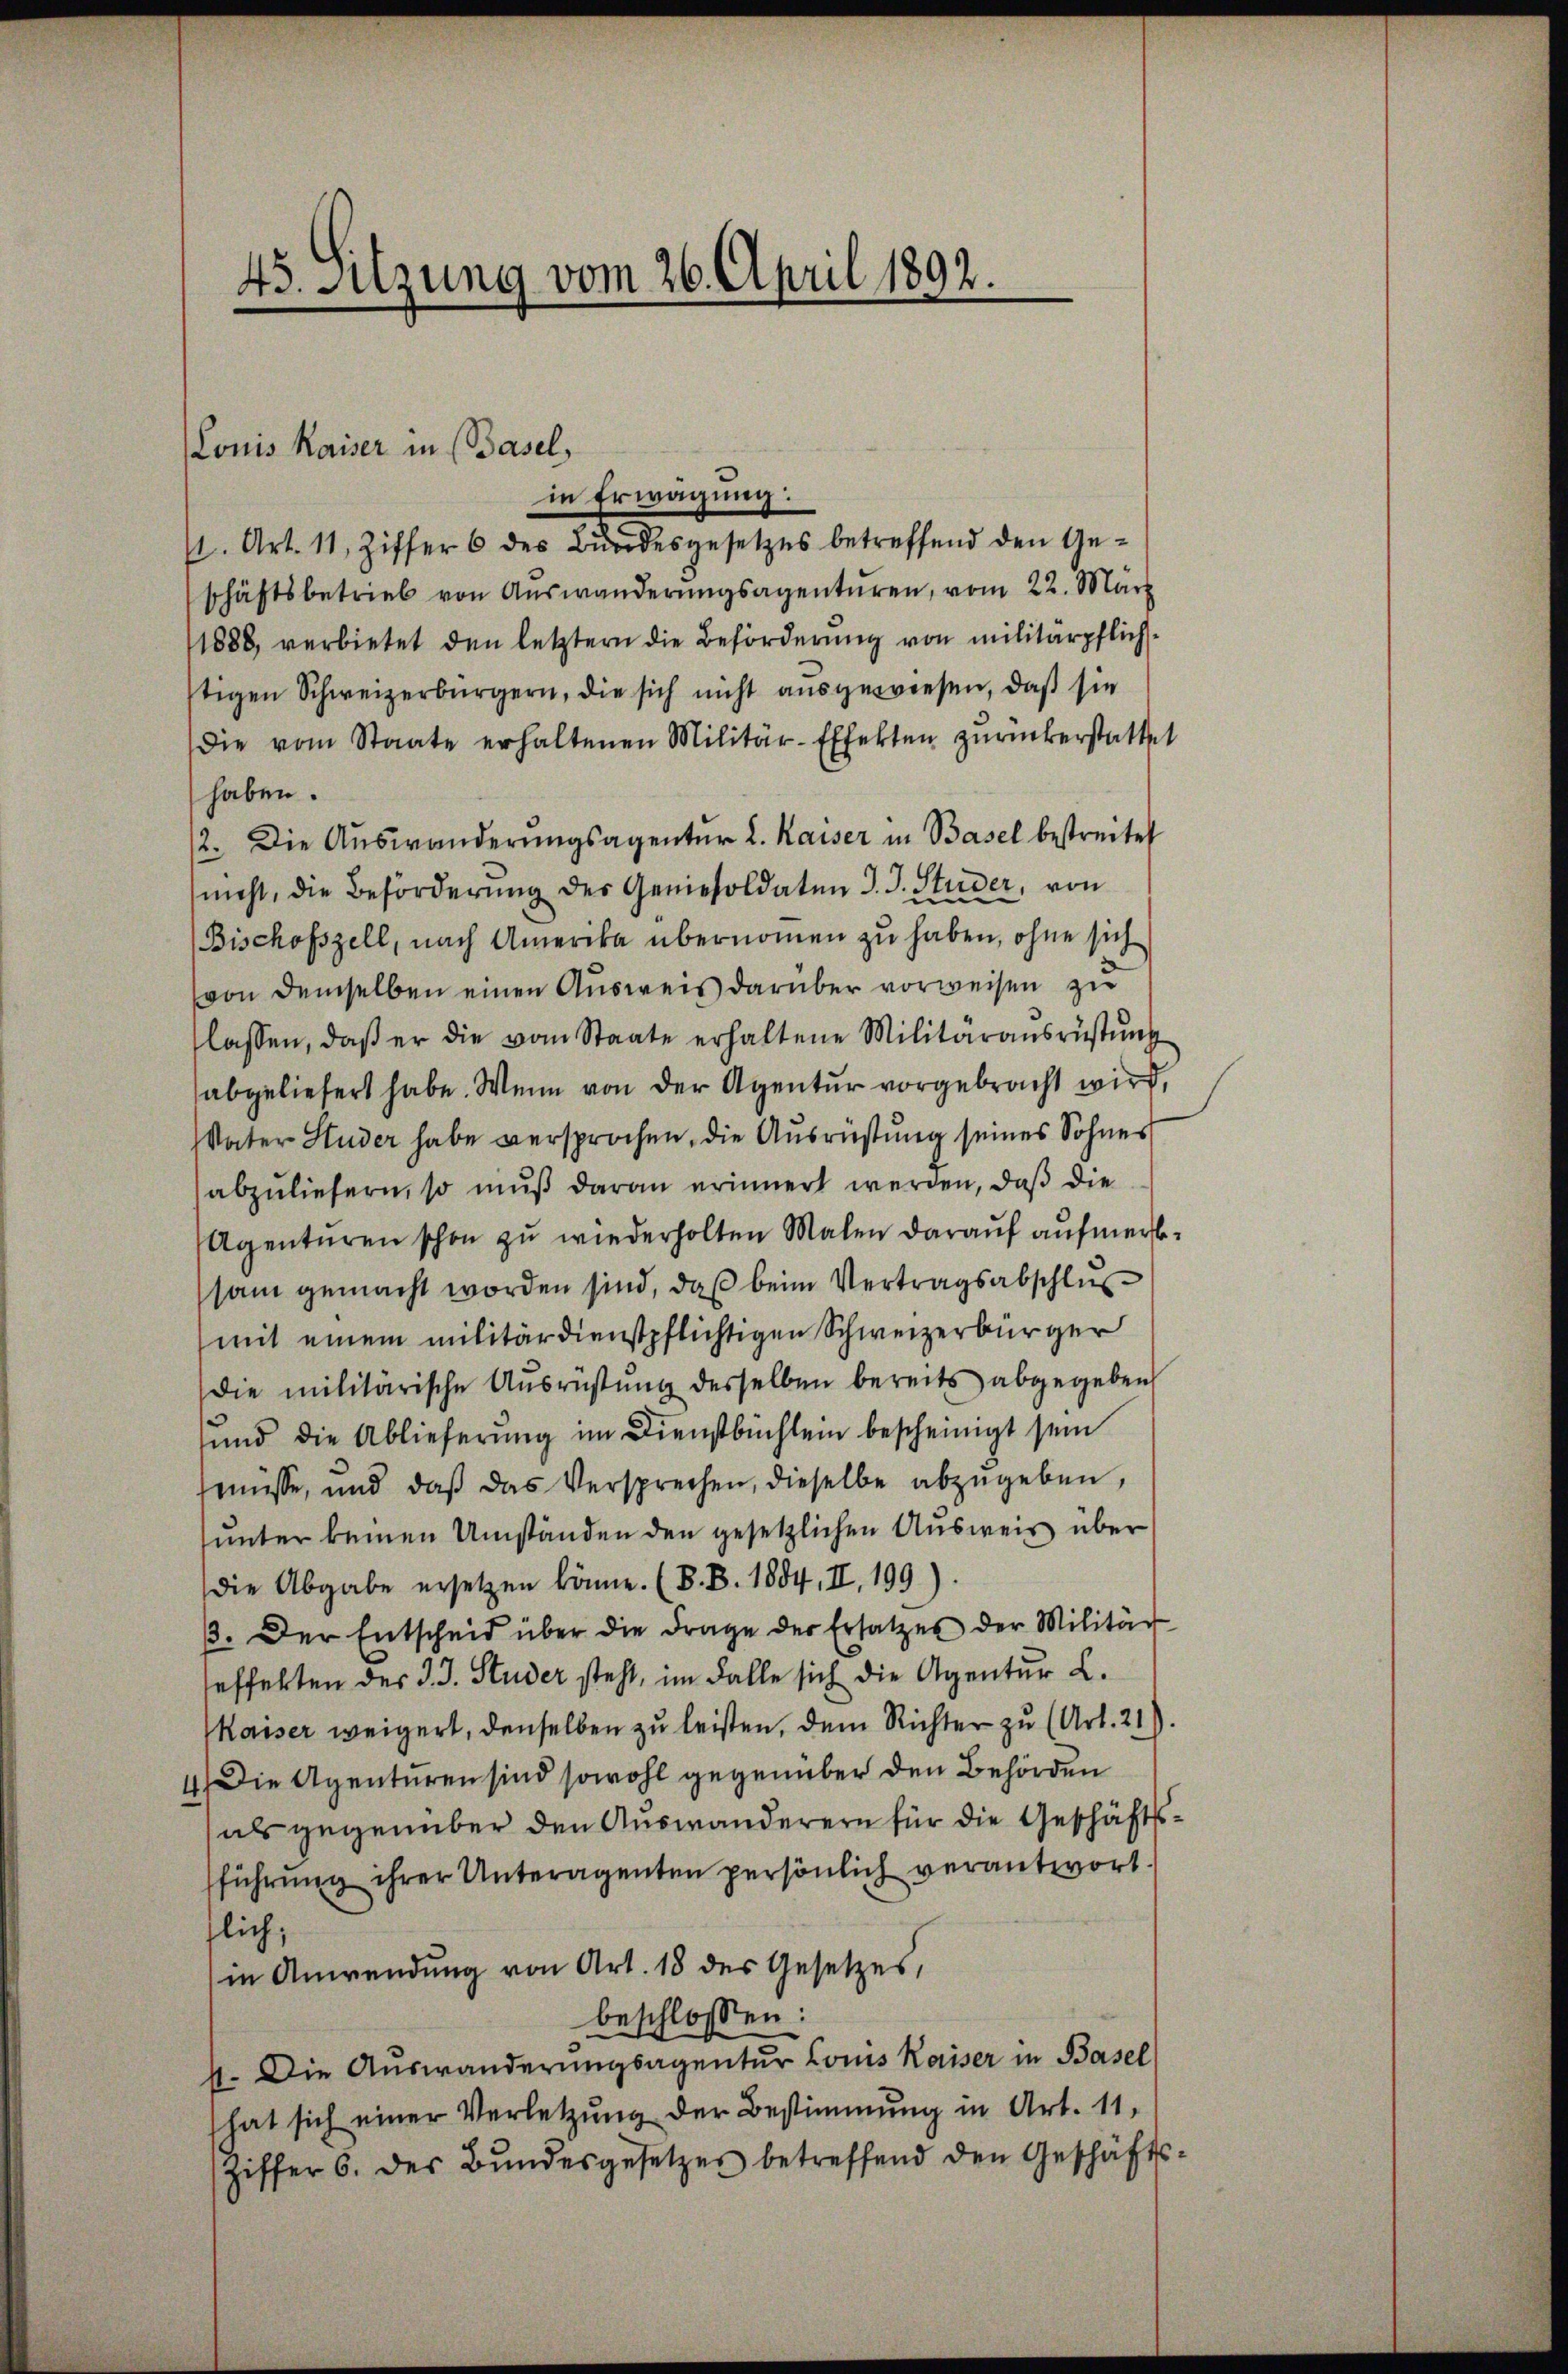
45. Sitzung vom 26. April 1892.

Lonis Kaiser in (Basel,
in Erwägung:
U. Art. 11, Ziffer 6 des Bŭndesgesetzes betreffend den Ge-
schäftsbetrieb von Aŭswanderŭngsagentüren, vom 22. März
1888, verbietet den letztern die Beförderung von militärpflichstigen Schweizerbürgern, die sich nicht ausgewiesen, daß sie
die vom Staate erhaltenen Militär-Effekten zŭrückerstattet
haben.
12. Die Aŭswanderŭngsagentŭr L. Kaiser in Basel bestreitet
nicht, die Beförderŭng des Geniesoldaten J. J. Studer, von
Bischofszell, nach Amerika übernoṁen zu haben, ohne sich
von demselben einen Ausweis darüber vorweisen zu
lassen, daβ er die vom Staate erhaltene Militärausrüstŭng
abgeliefert habe. Wenn von der Agentur vorgebracht wird,
Vater Studer habe versprochen, die Ausrüstung seines Sohnes
abzuliefern, so muß daran erinnert werden, daß die
Agenturen schon zu wiederholten Malen darauf aufmerksam gemacht worden sind, daß beim Vertragsabschlus
mit einem militärdienstpflichtigen Schweizerbürger
Die militärische Aŭsrüstŭng desselben bereits abgegeben
und die Ablieferung im Dienstbüchlein bescheinigt sein
müsse, und daβ das Versprechen, dieselbe abzugeben,
unter keinen Umständen den gesetzlichen Ausweis über
die Abgabe ersetzen könne. (S. B. 1884, II. 199).
β. Der Entscheid über die Frage der Ersatzes der Militär
seffekten des J. J. Studer steht, im Falle sich die Agentur L.
Kaiser weigert, denselben zu leisten, dem Richter zu (Art. 21).
4. Die Agenturen sind sowohl gegenüber den Behörden
als gegenüber den Auswanderern für die Geschäftsfführŭng ihrer Unteragenten persönlich verantwort.
flich,
in Anwendung von Art. 18 des Gesetzes,
beschlossen:
4. Die Auswanderungsagentur Louis Kaiser in Basel
hat sich einer Verletzŭng der Bestimmung in Art. 11,
ziffer 6. des Bŭndesgesetzes betreffend den Geschäfts-